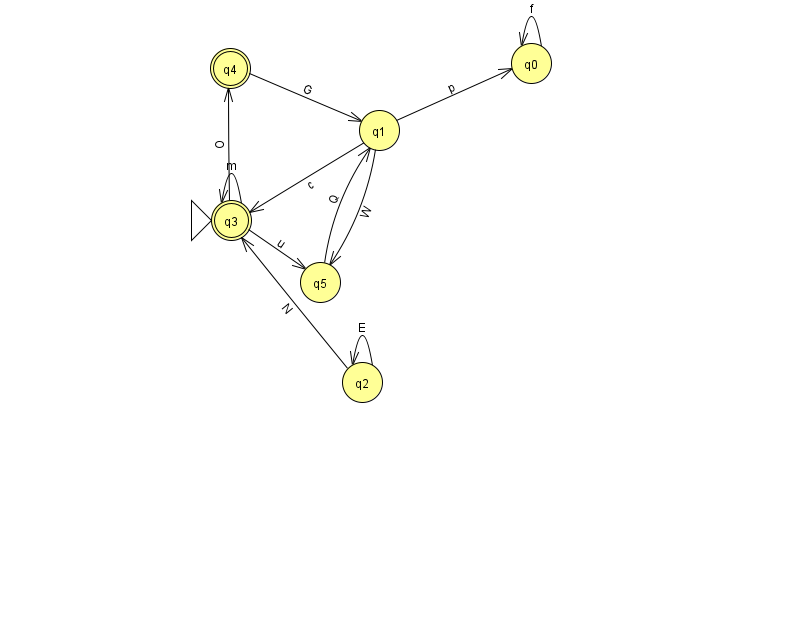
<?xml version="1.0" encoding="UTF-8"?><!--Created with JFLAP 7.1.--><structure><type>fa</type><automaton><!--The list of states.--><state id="0" name="q0"><x>531.0</x><y>50.0</y></state><state id="1" name="q1"><x>379.0</x><y>117.0</y></state><state id="2" name="q2"><x>362.0</x><y>369.0</y></state><state id="3" name="q3"><x>231.0</x><y>207.0</y><initial/><final/></state><state id="4" name="q4"><x>230.0</x><y>55.0</y><final/></state><state id="5" name="q5"><x>320.0</x><y>269.0</y></state><!--The list of transitions.--><transition><from>1</from><to>3</to><read>c</read></transition><transition><from>3</from><to>5</to><read>u</read></transition><transition><from>1</from><to>0</to><read>p</read></transition><transition><from>1</from><to>5</to><read>W</read></transition><transition><from>2</from><to>2</to><read>E</read></transition><transition><from>3</from><to>4</to><read>O</read></transition><transition><from>0</from><to>0</to><read>f</read></transition><transition><from>2</from><to>3</to><read>N</read></transition><transition><from>5</from><to>1</to><read>Q</read></transition><transition><from>3</from><to>3</to><read>m</read></transition><transition><from>4</from><to>1</to><read>G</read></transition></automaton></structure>